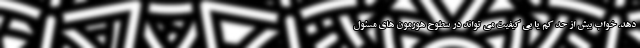
دهد. خواب بیش از حد کم یا بی کیفیت می تواند در سطوح هورمون های مسئول